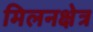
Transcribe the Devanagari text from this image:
मिलनक्षेत्र